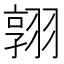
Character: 𮋈